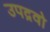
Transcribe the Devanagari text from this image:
उपद्रवो